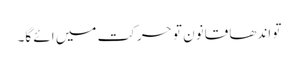
تو اندھا قانون تو حرکت میں ائے گا۔